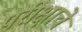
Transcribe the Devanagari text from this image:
परीक्षाचे